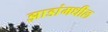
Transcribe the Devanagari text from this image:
झाडांमधील